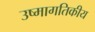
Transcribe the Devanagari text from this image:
उष्मागतिकीय